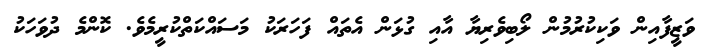
ވަޒީފާއިން ވަކިކުރުމުން ލޯބިވެރިޔާ އާއި ގުޅަން އެތައް ފަހަރަކު މަސައްކަތްކުރީމެވެ. ކޮންމެ ދުވަހަކު